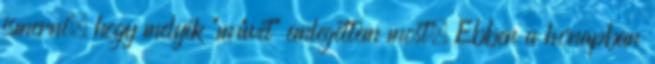
ismerni, hogy melyik "művet" emlegettem most. Ebben a hónapban